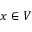
x \in V